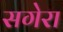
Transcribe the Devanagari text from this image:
सगेरा